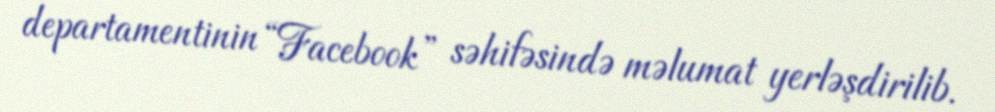
departamentinin “Facebook” səhifəsində məlumat yerləşdirilib.